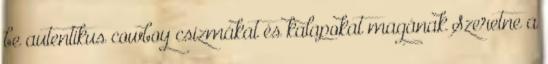
be autentikus cowboy csizmákat és kalapokat magának Szeretne a